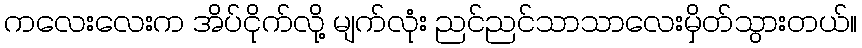
ကလေးလေးက အိပ်ငိုက်လို့ မျက်လုံး ညင်ညင်သာသာလေးမှိတ်သွားတယ်။